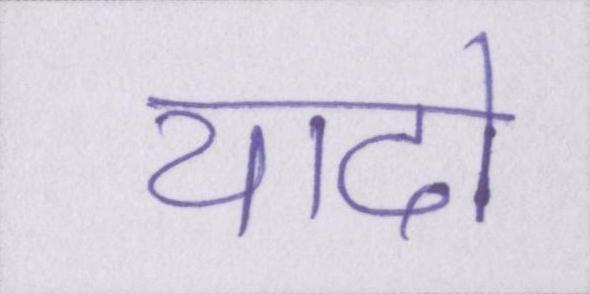
यादो